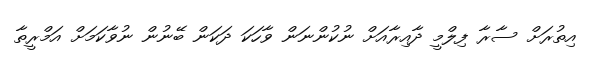
އިތުރަށް ސާރާ ފިލްމީ ދާއިރާއަށް ނުކުންނަން ވާހަކަ ދަކަން ބޭނުން ނުވާކަމަށް އަމްރީތާ